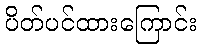
ပိတ်ပင်ထားကြောင်း